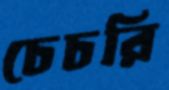
চেচরি